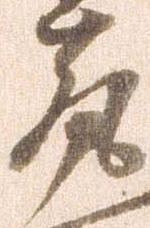
亮